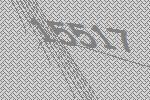
15517